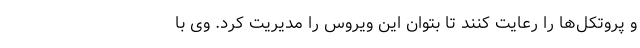
و پروتکل‌ها را رعایت کنند تا بتوان این ویروس را مدیریت کرد. وی با